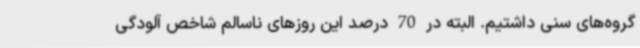
گروه‌های سنی داشتیم. البته در 70 درصد این روزهای ناسالم شاخص آلودگی‌